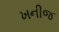
ખનીજ